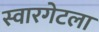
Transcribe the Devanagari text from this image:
स्वारगेटला